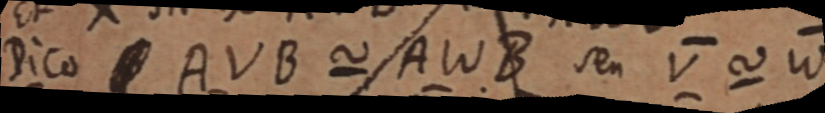
Dico _ AVB ~ AWB seu V ~ V